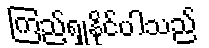
ကြည့်ရှုနိုင်ပါသည်